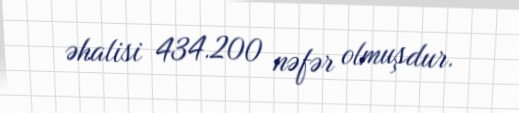
əhalisi 434.200 nəfər olmuşdur.